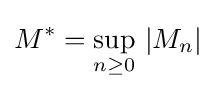
M^{*}=\sup _{n\geq 0}\,|M_{n}|